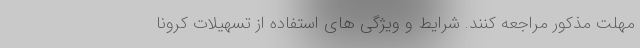
مهلت مذکور مراجعه کنند. شرایط و ویژگی های استفاده از تسهیلات کرونا